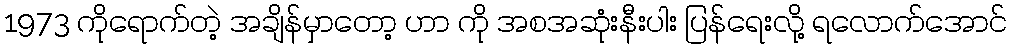
1973 ကိုရောက်တဲ့ အချိန်မှာတော့ ဟာ ကို အစအဆုံးနီးပါး ပြန်ရေးလို့ ရလောက်အောင်